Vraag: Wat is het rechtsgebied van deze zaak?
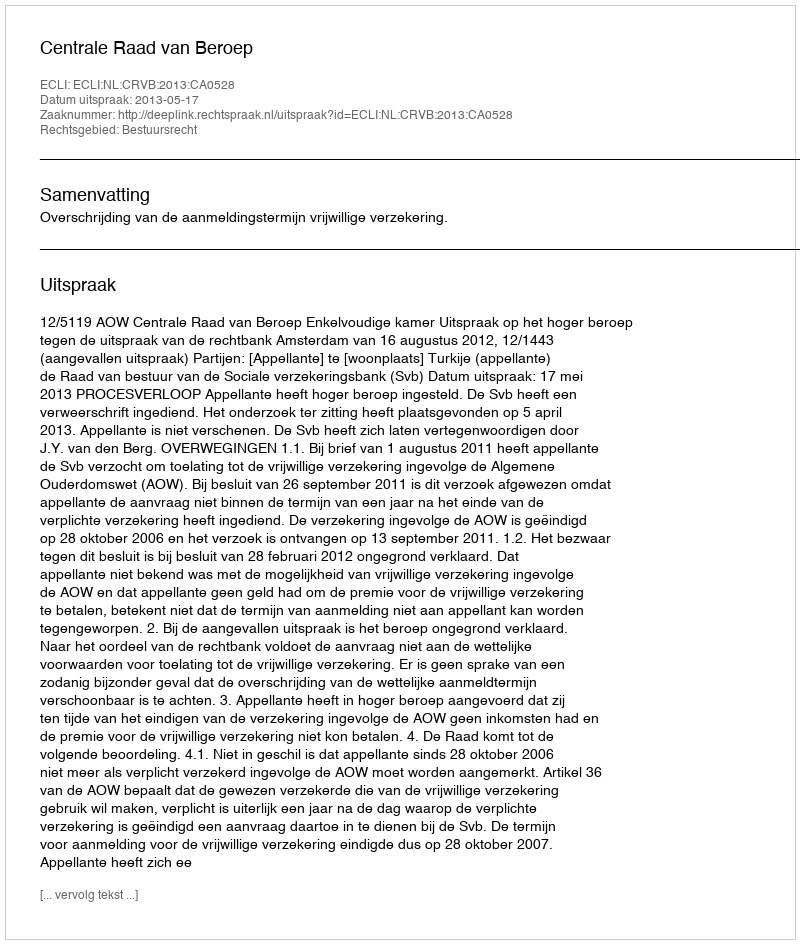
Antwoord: Bestuursrecht